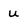
Character: u